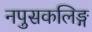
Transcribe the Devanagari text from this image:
नपुसकलिङ्ग